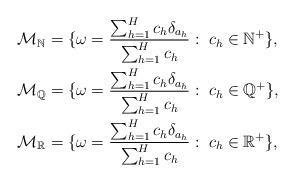
LaTeX: \begin{align*}\mathcal{M_{\mathbb{N}}}&= \{\omega=\frac{\sum_{h=1}^{H}c_h\delta_{a_h}}{\sum_{h=1}^{H}c_h}:\; c_h \in \mathbb{N}^+\}, \\\mathcal{M_{\mathbb{Q}}}&= \{\omega=\frac{\sum_{h=1}^{H}c_h\delta_{a_h}}{\sum_{h=1}^{H}c_h}:\; c_h \in \mathbb{Q}^+\}, \\\mathcal{M_{\mathbb{R}}}&= \{\omega=\frac{\sum_{h=1}^{H}c_h\delta_{a_h}}{\sum_{h=1}^{H}c_h}:\; c_h \in \mathbb{R}^+\},\end{align*}